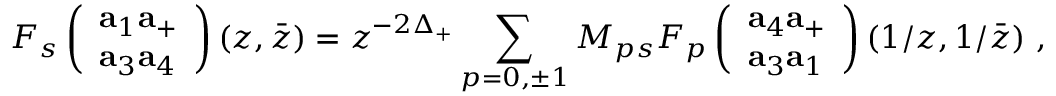
F _ { s } \left( \begin{array} { l } { { { \bf a } _ { 1 } { \bf a } _ { + } } } \\ { { { \bf a } _ { 3 } { \bf a } _ { 4 } } } \end{array} \right) ( z , \bar { z } ) = z ^ { - 2 \Delta _ { + } } \sum _ { p = 0 , \pm 1 } M _ { p s } F _ { p } \left( \begin{array} { l } { { { \bf a } _ { 4 } { \bf a } _ { + } } } \\ { { { \bf a } _ { 3 } { \bf a } _ { 1 } } } \end{array} \right) ( 1 / z , 1 / \bar { z } ) ~ ,